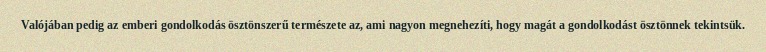
Valójában pedig az emberi gondolkodás ösztönszerű természete az, ami nagyon megnehezíti, hogy magát a gondolkodást ösztönnek tekintsük.